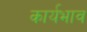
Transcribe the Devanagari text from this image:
कार्यभाव